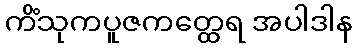
ကိံသုကပူဇကတ္ထေရ အပါဒါန